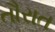
તૌરાત